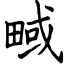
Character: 㽣